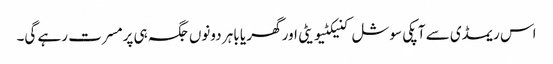
اس ریمڈی سے آپکی سوشل کنیکٹیویٹی اور گھر یا باہر دونوں جگہ ہی پرمسرت رہے گی۔